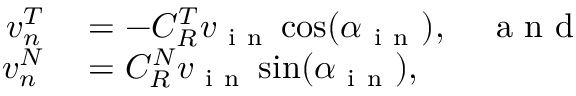
\begin{array} { r l } { v _ { n } ^ { T } } & { { } = - C _ { R } ^ { T } v _ { \mathrm { ~ i ~ n ~ } } \cos ( \alpha _ { \mathrm { ~ i ~ n ~ } } ) , \quad \mathrm { ~ a ~ n ~ d ~ } } \\ { v _ { n } ^ { N } } & { { } = C _ { R } ^ { N } v _ { \mathrm { ~ i ~ n ~ } } \sin ( \alpha _ { \mathrm { ~ i ~ n ~ } } ) , } \end{array}